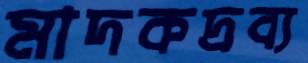
মাদকদ্রব্য